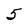
Character: 5